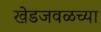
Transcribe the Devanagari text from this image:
खेडजवळच्या